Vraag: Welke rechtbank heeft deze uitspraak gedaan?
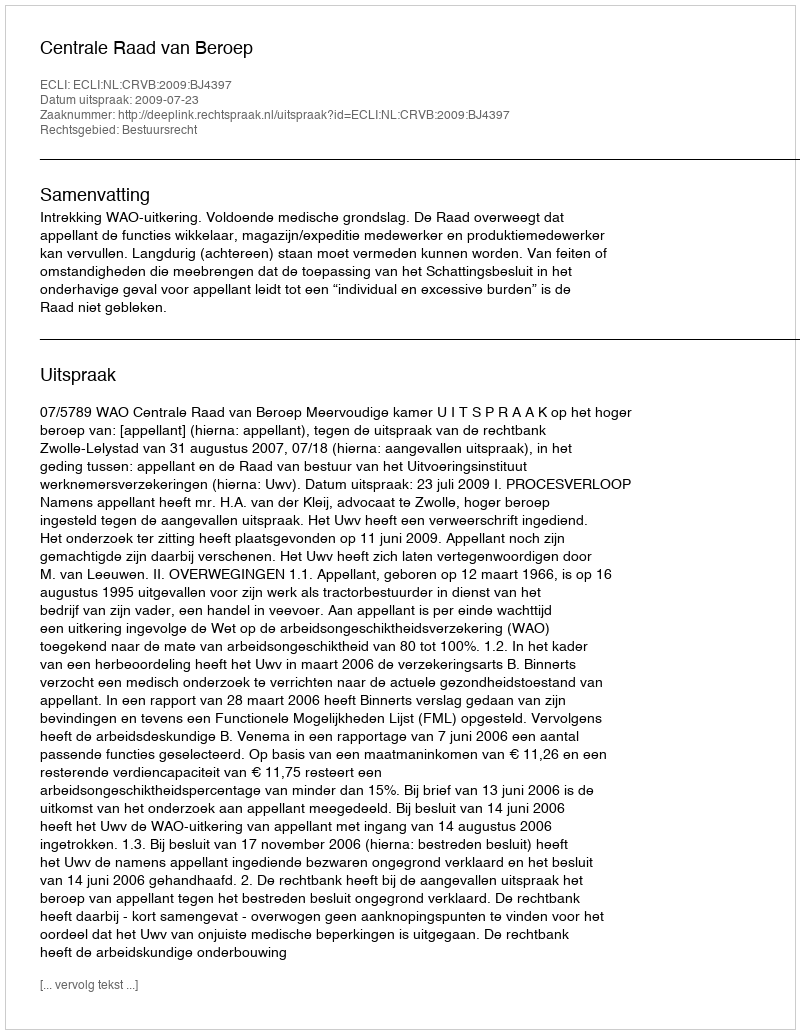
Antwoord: Centrale Raad van Beroep